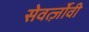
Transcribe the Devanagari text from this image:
सेवर्त्ज़ोवी